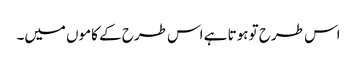
اس طرح تو ہوتا ہے اس طرح کے کاموں میں۔